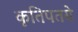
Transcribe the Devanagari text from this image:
कृतिपतये